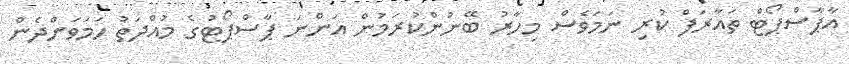
އާޕާސްޕޯޓް ތައާރަފް ކުރި ނަމަވެސް މިހާރު ބޭނުންކުރަމުން އަންނަ ޕާސްޕޯޓުގެ މުއްދަތު ހަމަވަންދެން